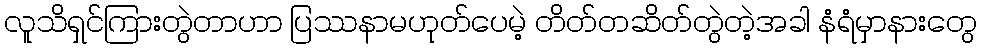
လူသိရှင်ကြားတွဲတာဟာ ပြဿနာမဟုတ်ပေမဲ့ တိတ်တဆိတ်တွဲတဲ့အခါ နံရံမှာနားတွေ